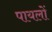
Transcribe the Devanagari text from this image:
पायलों